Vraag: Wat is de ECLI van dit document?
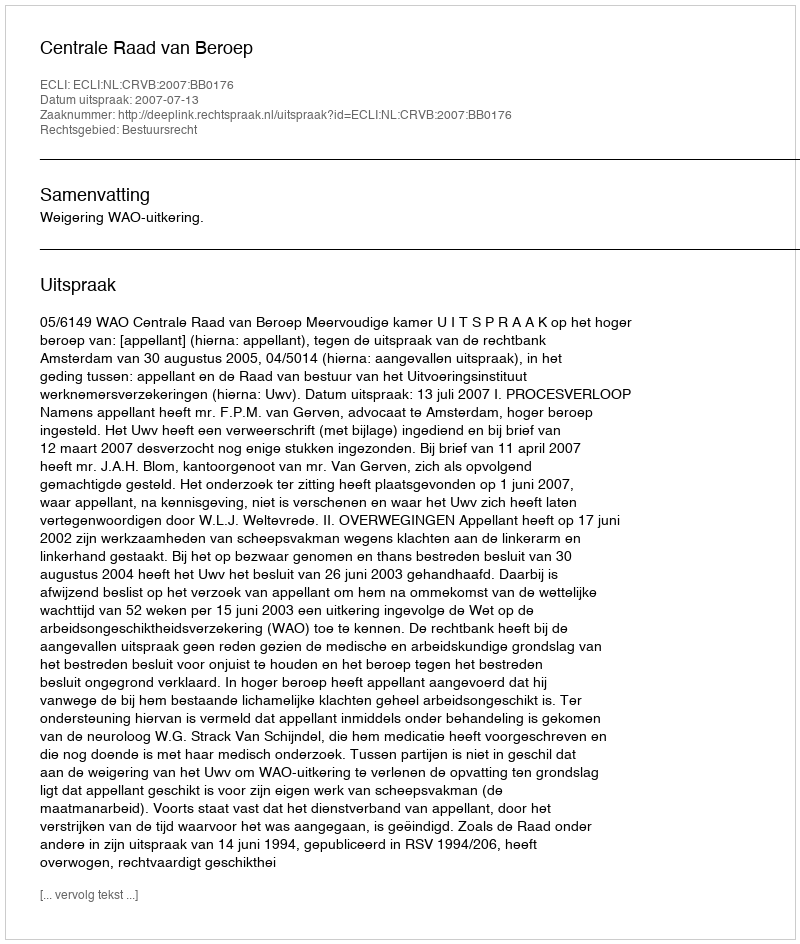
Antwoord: ECLI:NL:CRVB:2007:BB0176